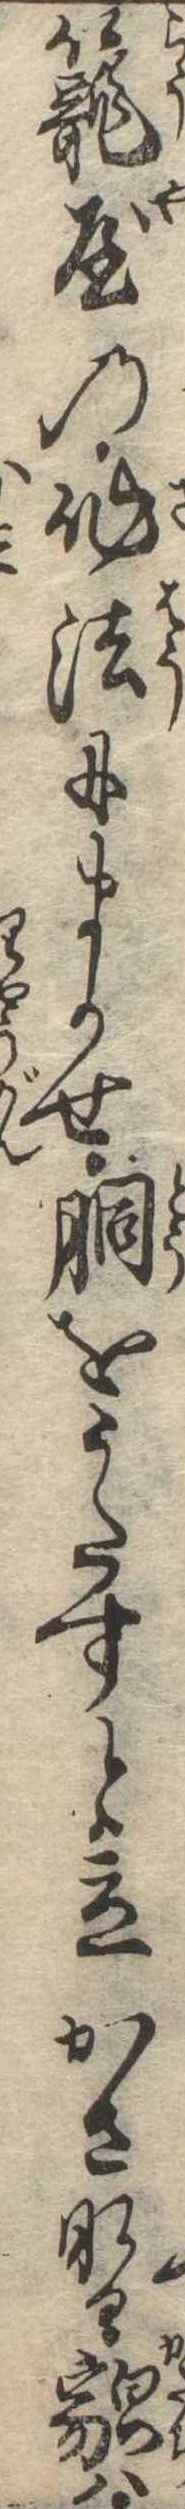
篭屋の作法にまかせ胴をうたすと立かさなる貌は